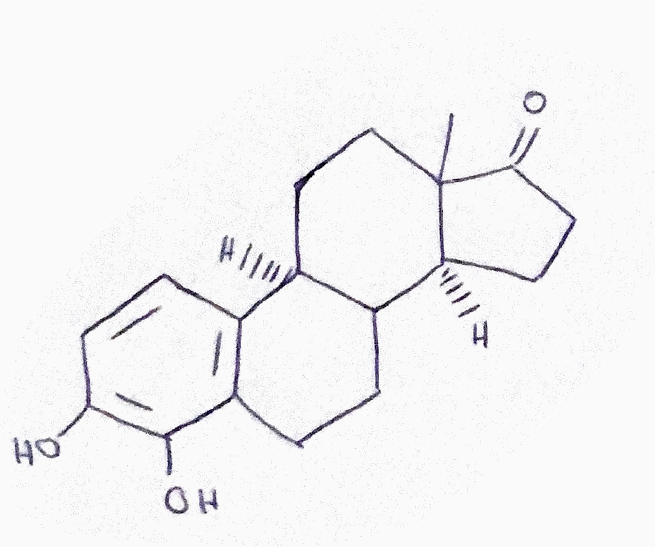
Simplified molecular-input line-entry system (SMILES) notation of the given molecule:
CC12CC[C@H]3C([C@@H]1CCC2=O)CCC4=C3C=CC(=C4O)O